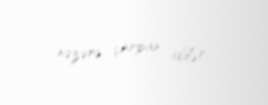
nəzərə çarpan idilər.